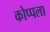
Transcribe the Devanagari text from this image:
कोप्पला